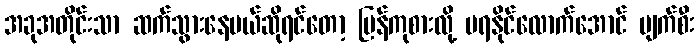
အခုအတိုင်းသာ ဆက်သွားနေမယ်ဆိုရင်တော့ ပြန်ကုစားလို့ မရနိုင်လောက်အောင် ပျက်စီး